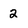
Character: 2